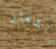
الشعار